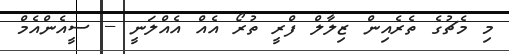
މި މެޗުގެ ތެރެއިން ޒިލާލް ފްރީ ތުރޯ އެއް އެއްލަނީ -- ސީއެންއެމް